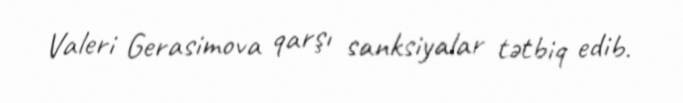
Valeri Gerasimova qarşı sanksiyalar tətbiq edib.